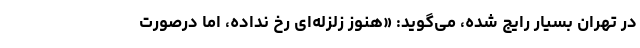
در تهران بسیار رایج شده، می‌گوید: «هنوز زلزله‌ای رخ نداده، اما درصورت